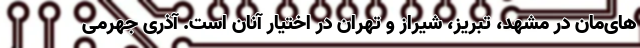
های‌مان در مشهد، تبریز، شیراز و تهران در اختیار آنان است. آذری جهرمی